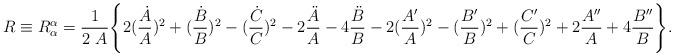
LaTeX: \begin{align*}R \equiv R_{\alpha}^{\alpha} = \frac{1}{2~A} \Biggl\{2 (\frac{\dot{A}}{A})^2+(\frac{\dot{B}}{B})^2 - (\frac{\dot{C}}{C})^2 - 2\frac{\ddot{A}}{A} - 4 \frac{\ddot{B}}{B} - 2(\frac{A'}{A})^2 -(\frac{B'}{B})^2 +(\frac{C'}{C})^2 + 2 \frac{A''}{A} + 4 \frac{B''}{B}\Biggr\}.\end{align*}